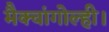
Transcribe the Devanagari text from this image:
मैक्चांगोल्ही।